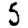
Digit: 5